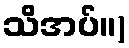
သိအပ်။)